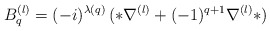
\begin{align*}B_q^{(l)}=(-i)^{\lambda(q)}\,(*\nabla^{(l)}+(-1)^{q+1}\nabla^{(l)}*)\end{align*}